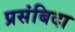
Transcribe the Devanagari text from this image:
प्रसंबिदा